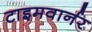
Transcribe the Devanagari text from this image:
टाइमवार्नर